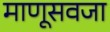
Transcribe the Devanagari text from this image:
माणूसवजा